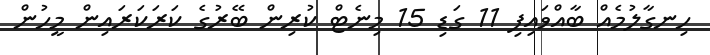
ހިނގާލުމެއް ބާއްވައިފި 11 ގަޑި 15 މިނެޓް ކުރިން ބޭރުގެ ކަރަކަރައިން މީހުން